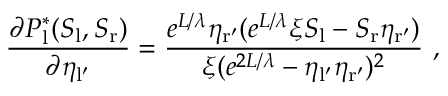
\frac { \partial P _ { \mathrm { l } } ^ { * } ( S _ { \mathrm { l } } , S _ { \mathrm { r } } ) } { \partial \eta _ { \mathrm { l ^ { \prime } } } } = \frac { e ^ { L / \lambda } \eta _ { \mathrm { r ^ { \prime } } } ( e ^ { L / \lambda } \xi S _ { \mathrm { l } } - S _ { \mathrm { r } } \eta _ { \mathrm { r ^ { \prime } } } ) } { \xi ( e ^ { 2 L / \lambda } - \eta _ { \mathrm { l ^ { \prime } } } \eta _ { \mathrm { r ^ { \prime } } } ) ^ { 2 } } \ ,